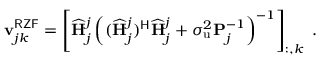
\begin{array} { r } { \mathbf { v } _ { j k } ^ { \mathsf { R Z F } } = \left[ \widehat { \mathbf { H } } _ { j } ^ { j } \left( ( \widehat { \mathbf { H } } _ { j } ^ { j } ) ^ { \mathsf { H } } \widehat { \mathbf { H } } _ { j } ^ { j } + \sigma _ { \mathrm { u } } ^ { 2 } \mathbf { P } _ { j } ^ { - 1 } \right) ^ { - 1 } \right] _ { : , k } \ . } \end{array}